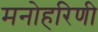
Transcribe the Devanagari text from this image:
मनोहरिणी